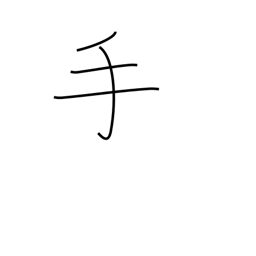
Meaning: hand